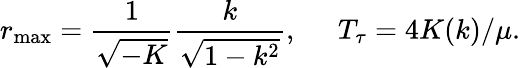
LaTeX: r_{\mathrm{max}}=\frac{1}{\sqrt{-K}}\frac{k}{\sqrt{1-k^{2}}},\; \; \; \; \; T_{\tau}=4K(k)/\mu.